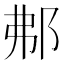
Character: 𨚓